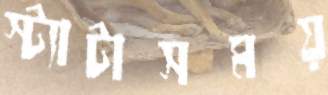
স্ট্যাটাসময়